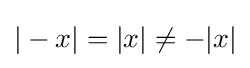
|-x|=|x|\neq -|x|